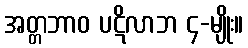
အတ္တဘာဝ ပဋိလာဘ ၄-မျိုး။